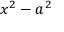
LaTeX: x ^ { 2 } - a ^ { 2 }